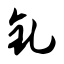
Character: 钆